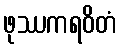
ဖုဿကရဝိတံ